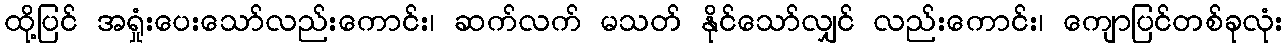
ထို့ပြင် အရှုံးပေးသော်လည်းကောင်း၊ ဆက်လက် မသတ် နိုင်သော်လျှင် လည်းကောင်း၊ ကျောပြင်တစ်ခုလုံး